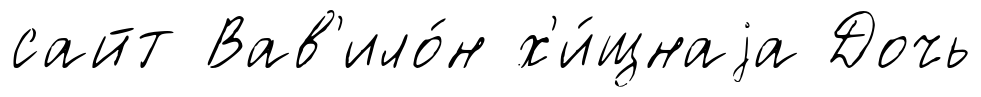
сайт Вав'ило́н х'и́щнаjа Дочь